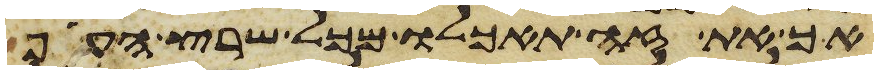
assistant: אך את זה תאכלו מכל שרץ העוף